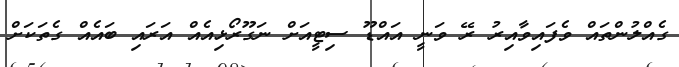
ގެއްލުންތައް ވެފައިވާއިރު ރޭ ވަނީ އައްޑޫ ސިޓީއަށް ނަގޫރޯޅިއެއް އަރައި ބައެއް ގެތަކަށް